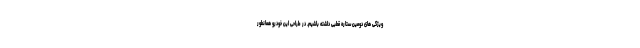
ویژگی های دومین ستاره قطبی داشته باشیم. در طراحی این خودرو همانطور